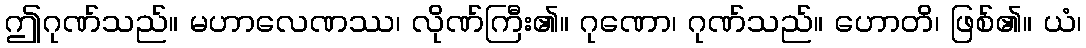
ဤဂုဏ်သည်။ မဟာလေဏဿ၊ လိုဏ်ကြီး၏။ ဂုဏော၊ ဂုဏ်သည်။ ဟောတိ၊ ဖြစ်၏။ ယံ၊